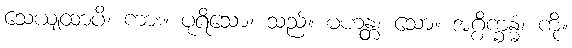
သေယျထာပိ၊ ကား။ ပုရိသော၊ သည်။ မဟန္တံ၊ သော။ အဂ္ဂိက္ခန္ဓံ၊ ကို။